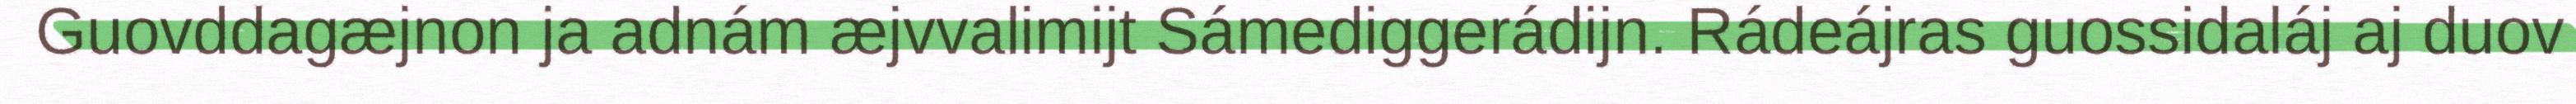
Guovddagæjnon ja adnám æjvvalimijt Sámediggerádijn. Rádeájras guossidaláj aj duov